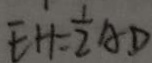
E H = \frac { 1 } { 2 } A D